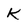
Character: k